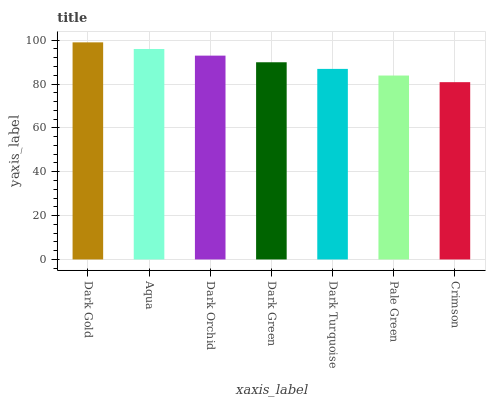
| xaxis_label | bars |
 | --- | --- |
 | Dark Gold | 99 |
 | Aqua | 96 |
 | Dark Orchid | 92.9 |
 | Dark Green | 89.9 |
 | Dark Turquoise | 86.9 |
 | Pale Green | 83.9 |
 | Crimson | 80.8 |